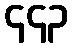
၄၄၃